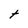
Character: t